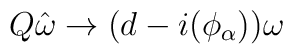
Q\hat{\omega} \to (d-i(\phi_{\alpha}))\omega